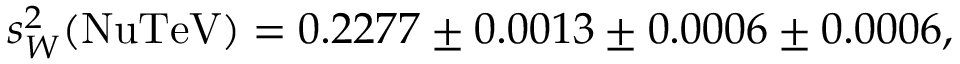
s _ { W } ^ { 2 } ( \mathrm { N u T e V } ) = 0 . 2 2 7 7 \pm 0 . 0 0 1 3 \pm 0 . 0 0 0 6 \pm 0 . 0 0 0 6 ,